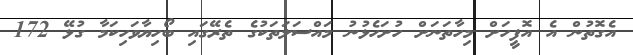
އެގޮތުން އެ އޮފީހަށް މިހާތަނަށް ހުށަހެޅުނު މައްސަލަތަކުގެ ތެރޭގައި ބޯހިޔާވަހިކަމާ ގުޅޭ 172